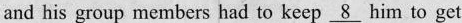
and his group members had to keep \underline{8} him to get